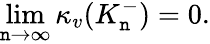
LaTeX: \operatorname*{lim}_{\mathtt{n}\to\infty}\kappa_{v}(K_{\mathtt{n}}^{-})=0.